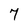
Character: 7